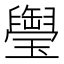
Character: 𤪭